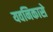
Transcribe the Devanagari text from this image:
यवनिकासे